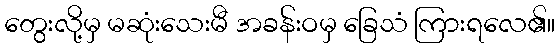
တွေးလို့မှ မဆုံးသေးမီ အခန်းဝမှ ခြေသံ ကြားရလေ၏။